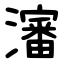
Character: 瀋